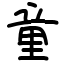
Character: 童